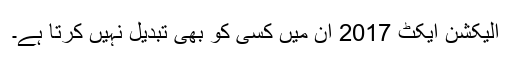
الیکشن ایکٹ 2017 ان میں کسی کو بھی تبدیل نہیں کرتا ہے۔